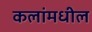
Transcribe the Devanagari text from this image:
कलांमधील